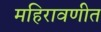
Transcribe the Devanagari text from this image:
महिरावणीत